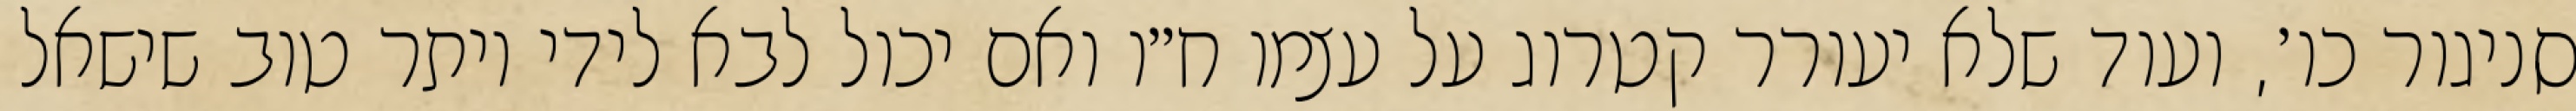
סניגור כו׳, ועוד שלא יעורר קטרוג על עצמו ח״ו ואם יכול לבא לידי יותר טוב שישאל